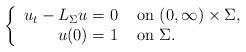
LaTeX: \begin{align*}\left\{\begin{array}{rl}u_t-L_{\Sigma}u=0 & \hbox{ on } (0,\infty)\times \Sigma,\\ u(0) = 1& \hbox{ on } \Sigma. \end{array} \right.\end{align*}